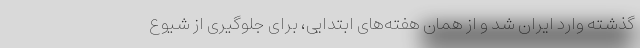
گذشته وارد ایران شد و از همان هفته‌های ابتدایی، برای جلوگیری از شیوع